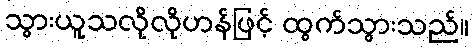
သွားယူသလိုလိုဟန်ဖြင့် ထွက်သွားသည်။